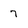
Character: 7